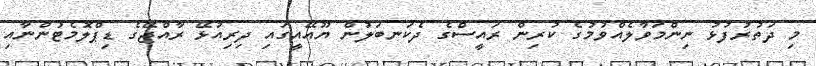
މި ދަތުރުފުޅު ނިންމަވާލެއްވުމުގެ ކުރިން ރައީސްގެ ދެކަނބަލުން ޔޫއޭއީގައި ދިރިއުޅޭ ރާއްޖޭގެ ޑިޕްލޮމެޓުންނާއި